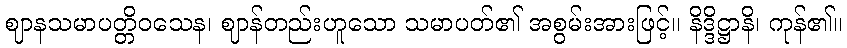
ဈာနသမာပတ္တိဝသေန၊ ဈာန်တည်းဟူသော သမာပတ်၏ အစွမ်းအားဖြင့်။ နိဒ္ဒိဋ္ဌာနိ၊ ကုန်၏။